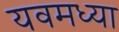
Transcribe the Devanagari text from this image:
यवमध्या